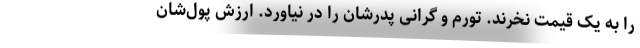
را به یک قیمت نخرند. تورم و گرانی پدرشان را در نیاورد. ارزش پول‌شان